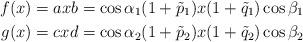
LaTeX: \begin{align*}f(x)= axb=\cos\alpha_1(1+\tilde p_1)x(1+\tilde q_1)\cos\beta_1\\g(x)= cxd=\cos\alpha_2(1+\tilde p_2)x(1+\tilde q_2)\cos\beta_2\end{align*}